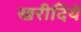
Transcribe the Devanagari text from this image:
खरीदिये